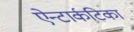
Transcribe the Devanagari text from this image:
ऐन्टार्कटिका